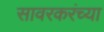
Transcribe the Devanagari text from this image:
सावरकरंच्या